Morphology and life history of Herpetomonas culicis, Novy, MacNeal and Torrey - Number 57
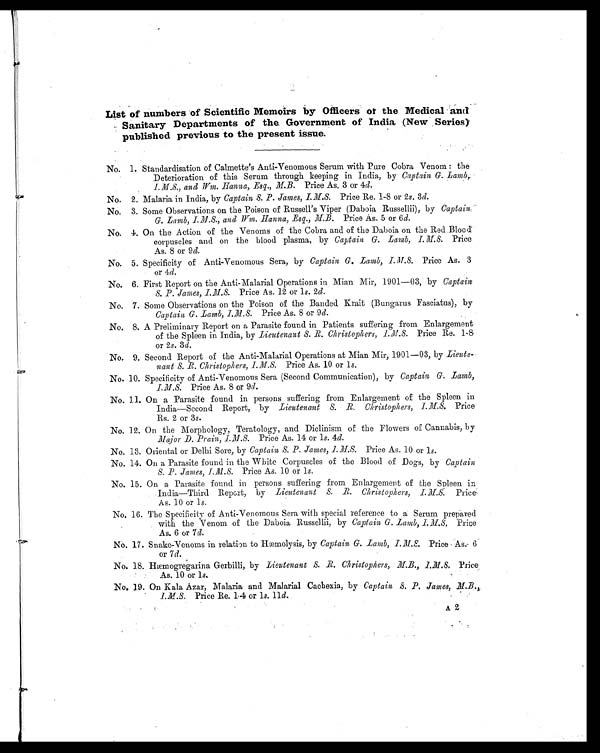
List of numbers of Scientific Memoirs by Officers of the Medical and
Sanitary Departments of the. Government of India (New Series)
published previous to the present issue.
No. 1. Standardisation of Calmette's Anti-Venomous Serum with Pure Cobra Venom : the
Deterioration of this Serum through keeping in India, by Captain G. Lamb,
I.M.S., and Wm. Hanna, Esq., M.B. Price As. 3 or 4d.
No. 2. Malaria in India, by Captain S. P. James, I. M.S. Price Re. 1-8 or 2 s. 3d.
No. 3. Some Observations on the Poison of Russell's Viper (Daboia Russellii), by Captain
G. Lamb, I.M.S., and Wm. Hanna, Esq., M.B. Price As. 5 or 6 d.
No. 4. On the Action of the Venoms of the Cobra and of the Daboia on the Red Blood
corpuscles and on the blood plasma, by Captain G. Lamb, I.M.S. Price
As. 8 or 9 d.
No. 5. Specificity of Anti-Venomous Sera, by Captain G. Lamb, I. M.S. Price As. 3
or 4d.
No. 6. First Report on the Anti-Malarial Operations in Mian Mir, 1901—03, by Captain
S. P. James, I.M.S. Price As. 12 or 1s. 2d.
No. 7. Some Observations on the Poison of the Banded Krait (Bungarus Fasciatus), by
Captain G. Lamb, I.M.S. Price As. 8 or 9 d.
No. 8. A Preliminary Report on a Parasite found in Patients suffering from Enlargement
of the Spleen in India, by Lieutenant S. R. Christophers, I.M.S.P r i c e R e . 1 - 8
or 2s. 3 d.
No. 9. Second Report of the Anti-Malarial Operations at Mian Mir, 1901—03, by Lieute-
nant S. R. Christophers, I.M.S. Price As. 10 or 1s.
No. 10. Specificity of Anti-Venomous Sera (Second Communication), by Captain G. Lamb,
I.M.S. Price As. 8 or 9d.
No. 11 On a Parasite found in persons suffering from Enlargement of the Spleen in
India—Second Report, by Lieutenant S. R. Christophers, I.M.S. Price
Rs. 2 or 3s.
No. 12. On the Morphology, Teratology, and Diclinism of the Flowers of Cannabis, by
Major D. Prain, I.M.S. Price As. 14 or 1 s. 4d.
No. 13. Oriental or Delhi Sore, by Captain S. P. James, I.M.S. Price As. 10 or 1 s.
No. 14. On a Parasite found in the White Corpuscles of the Blood of Dogs, by Captain
S. P. James, I.M.S. Price As. 10 or 1 s.
No. 15. On a Parasite found in persons suffering from Enlargement of the Spleen in
.India—Third Report, by Li eutenant S. R. Chri stophers, I. M. SP r i c e
As. 10 or 1 s.
No. 16. The Specificity of Anti-Venomous Sera with special reference to a Serum prepared
with the Venom of the Daboia Russellii, by Captain G. Lamb, I.M.S, Price
As. 6 or 7d.
No. 17. Snake-Venoms in relation to Hæmolysis, by Captain G. Lamb, I.M.S. Price , As: 6
or 7 d.
No. 18. Hæmogregarina Gerbilli, by Lieutenant S. R. christophers, M.B., I.M.S. Price
As. 10 or l s.
No. 19. On Kala Azar, Malaria and Malarial Cachexia, by Captain S. P. James, M.B .
I.M.S. Price Re. 1.4 or l s. 11d.
A 2